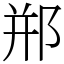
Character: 郱